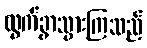
ထွက်ခွာသွားကြသည်